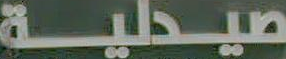
صيدلية